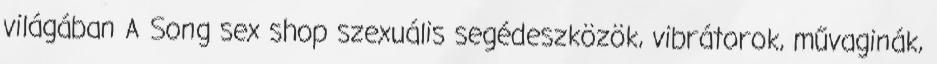
világában A Song sex shop szexuális segédeszközök, vibrátorok, művaginák,